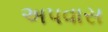
અપવાસ